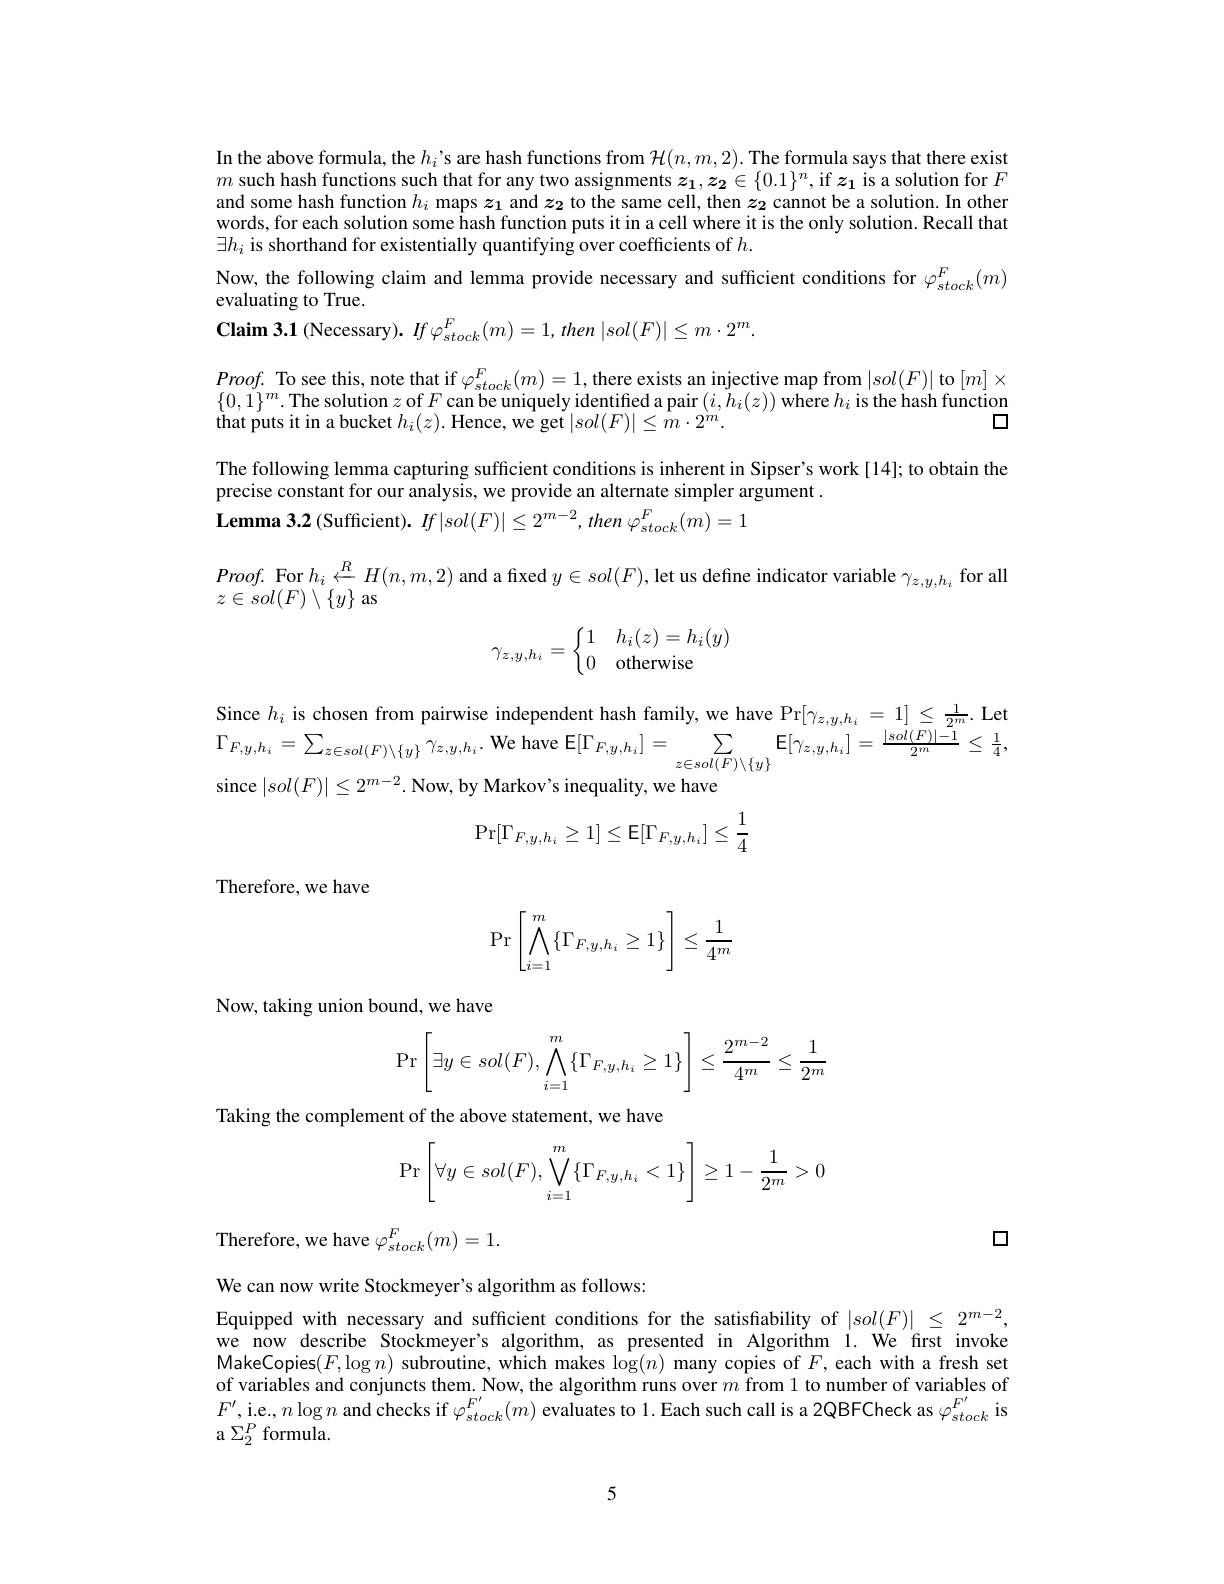
In the above formula, the $h_i’$s are hash functions from $\mathcal{H}(n,m,2).$ The formula says that there exist $m$ such hash functions such that for any two assignments $\boldsymbol z_1,\boldsymbol z_2\in\{0.1\}^n$,if $\boldsymbol{z_1}$ is a solution for $F$ and some hash function $h_i$ maps $z_1$ and $z_2$ to the same cell, then $z_2$ cannot be a solution. In other words, for each solution some hash function puts it in a cell where it is the only solution. Recall that $\exists h_i$ is shorthand for existentially quantifying over coefficients of $h.$
Now, the following claim and lemma provide necessary and sufficient conditions for $\varphi_{stock}^F(m)$
evaluating to True.
$\mathbf{Claim3.1}$ (Necessary). $If\varphi_{stock}^{F}(m)=1,then\left|sol(F)\right|\leq m\cdot2^{m}.$
$Proof.$ To see this, note that if $\varphi_{stock}^{F}(m)=1$,there exists an injective map from $|sol(F)|$ to $[m]\times$ $\{0,1\}^{m}.$The solution $z$ of $F$ can be uniquely identified a pair $(i,\tilde{h}_i(z))$ where $h_i$ is the hash function
口
that puts it in a bucket $h_i(z).$ Hence, we get $|sol(F)|\leq\hat{m}\cdot2^{\grave{m}}.$
The following lemma capturing sufficient conditions is inherent in Sipser's work [14]; to obtain the
precise constant for our analysis, we provide an alternate simpler argument .
Lemma 3.2 (Sufficient). $If| sol( F) | \leq 2^{m- 2}, then$ $\varphi _{stock}^F( m) = 1$
$\begin{array}{l}Proof.\:\mathrm{For~}h_i\:\xleftarrow{R}H(n,m,2)\:\mathrm{and~a~fixed~}y\in sol(F),\:\mathrm{let~us~define~indicator~variable~}\gamma_{z,y,h_i}\:\mathrm{for~all}\\z\in sol(F)\setminus\{y\}\:\mathrm{as}\end{array}$
$$\gamma_{z,y,h_i}=\left\{\begin{matrix}1&h_i(z)=h_i(y)\\0&\text{otherwise}\end{matrix}\right.$$
Since $h_i$ is chosen from pairwise independent hash family, we have $\Pr[\gamma_{z,y,h_i}=1]\leq\frac1{2^m}.$ Let $\Gamma_{F,y,h_{i}}=\sum_{z\in sol(F)\setminus\{y\}}\gamma_{z,y,h_{i}}.$ We have E$[\Gamma_F,y,h_{i}]=\sum_{z\in sol(F)\setminus\{y\}}\mathbb{E}[\gamma_{z,y,h_{i}}]=\frac{|sol(F)|-1}{2^{m}}\leq\frac{1}{4}$, since $|sol(F)|\leq2^{m-2}.$ Now, by Markov's inequality, we have
$$\Pr[\Gamma_{F,y,h_i}\ge1]\le\mathsf E[\Gamma_{F,y,h_i}]\le\dfrac{1}{4}$$
Therefore, we have
$$\Pr\left[\bigwedge\limits_{i=1}^m\{\Gamma_{F,y,h_i}\ge1\}\right]\le\dfrac{1}{4^m}$$
Now, taking union bound, we have
$$\Pr\left[\exists y\in sol(F),\bigwedge\limits_{i=1}^m\{\Gamma_{F,y,h_i}\geq1\}\right]\leq\dfrac{2^{m-2}}{4^m}\leq\dfrac{1}{2^m}$$
Taking the complement of the above statement, we have
$$\Pr\left[\forall y\in sol(F),\bigvee\limits_{i=1}^m\{\Gamma_{F,y,h_i}<1\}\right]\ge1-\frac{1}{2^m}>0$$
口

Therefore, we have $\varphi_stock^F(m)=1.$

We can now write Stockmeyer's algorithm as follows:

Equipped with necessary and sufficient conditions for the satisfiability of $|sol(F)|\leq2^{m-2}$, we now describe Stockmeyer's algorithm, as presented in Algorithm 1. We first invoke MakeCopies$(F,\log n)$ subroutine, which makes $\log(n)$ many copies of $F$, each with a fresh set of variables and conjuncts them. Now, the algorithm runs over $m$ from 1 to number of variables of $F^{\prime}$,i.e.,$n\log n$ and checks if $\varphi_stock^{F^{\prime}}(m)$ evaluates to 1.Each such call is a 2QBFCheck as $\varphi_stock^{F^{\prime}}$ is a $\Sigma_{2}^{P}$ formula.

5